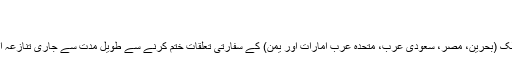
ٹلرسن کادورۂ ...
نوفمبر 12, 2017	0
قطر سے پانچ خلیجی ممالک (بحرین، مصر، سعودی عرب، متحدہ عرب امارات اور یمن) کے سفارتی تعلقات ختم کرنے سے طویل مدت سے جاری تنازعہ ایک نئے موڑ پر آگیا ہے۔